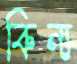
কিন্য